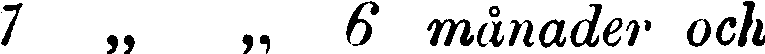
7 „ „ 6 månader och